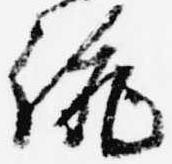
統